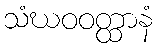
သံဃဝဝတ္ထာနံ